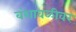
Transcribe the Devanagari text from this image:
वंशावळीवर